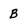
Character: B